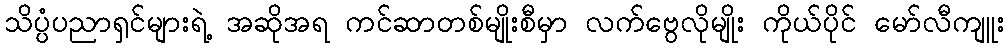
သိပ္ပံပညာရှင်များရဲ့ အဆိုအရ ကင်ဆာတစ်မျိုးစီမှာ လက်ဗွေလိုမျိုး ကိုယ်ပိုင် မော်လီကျူး